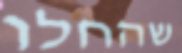
שהחלו